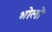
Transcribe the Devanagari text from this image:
भोलों